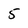
Character: 5